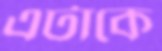
এটাকে